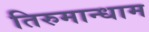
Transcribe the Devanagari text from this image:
तिरुमान्धाम